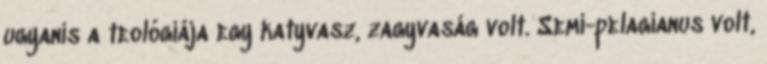
ugyanis a teológiája egy katyvasz, zagyvaság volt. Semi-pelagianus volt,